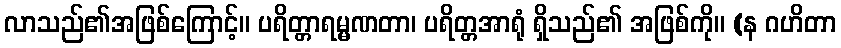
လာသည်၏အဖြစ်ကြောင့်။ ပရိတ္တာရမ္မဏတာ၊ ပရိတ္တအာရုံ ရှိသည်၏ အဖြစ်ကို။ (န ဂဟိတာ